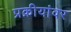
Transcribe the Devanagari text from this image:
प्रक्रीयांवर